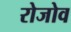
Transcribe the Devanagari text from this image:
रोजोव